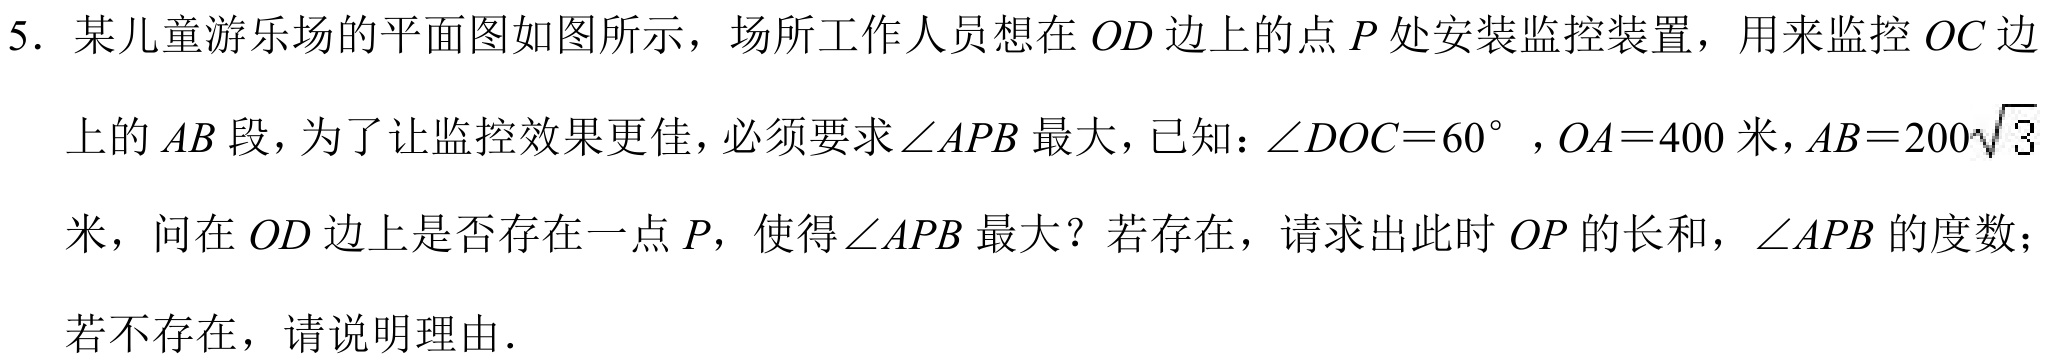
5. 某儿童游乐场的平面图如图所示，场所工作人员想在\(OD\)边上的点\(P\)处安装监控装置，用来监控\(OC\)边
上的\(AB\)段，为了让监控效果更佳，必须要求\(\angle APB\)最大，已知：\(\angle DOC = 60^{\circ}\)，\(OA = 400\)米，\(AB = 200\sqrt{3}\)
米，问在\(OD\)边上是否存在一点\(P\)，使得\(\angle APB\)最大？若存在，请求出此时\(OP\)的长和，\(\angle APB\)的度数；
若不存在，请说明理由．